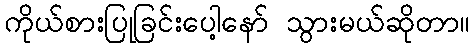
ကိုယ်စားပြုခြင်းပေါ့နော် သွားမယ်ဆိုတာ။